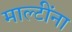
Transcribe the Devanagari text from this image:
माल्टींना